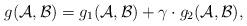
LaTeX: \begin{align*} g({\cal A}, {\cal B})=g_1({\cal A}, {\cal B})+\gamma \cdot g_2({\cal A}, {\cal B}),\end{align*}